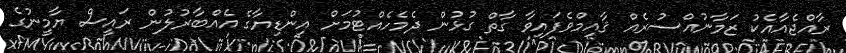
ރާއްޖެއާއެކު ޒަމާނުއްސުރެއް ޤާއިމްވެފައިވާ ގާތް ގުޅުން ދެމެހެއްޓުމަށް އިންޑިޔާގެ އެއްބާރުލުން ރައީސް ޔާމީނުގެ